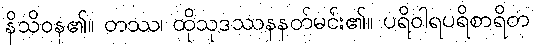
နိသိဝန၏။ တဿ၊ ထိုသုဒဿနနတ်မင်း၏။ ပရိဝါရပရိစာရိတ